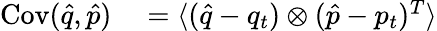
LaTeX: \begin{array}{rl}{\operatorname{Cov}(\hat{q},\hat{p})}&{{}=\langle(\hat{q}-q_{t})\otimes(\hat{p}-p_{t})^{T}\rangle}\end{array}